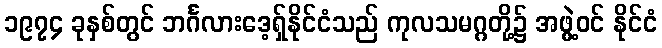
၁၉၇၄ ခုနှစ်တွင် ဘင်္ဂလားဒေ့ရှ်နိုင်ငံသည် ကုလသမဂ္ဂတို့၌ အဖွဲ့ဝင် နိုင်ငံ